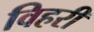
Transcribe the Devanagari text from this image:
विहरी